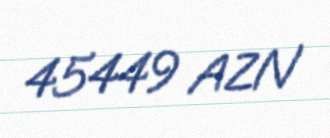
45449 AZN